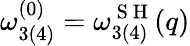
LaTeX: \omega_{3(4)}^{(0)}=\omega_{3(4)}^{\mathrm{~S~H~}}(q)